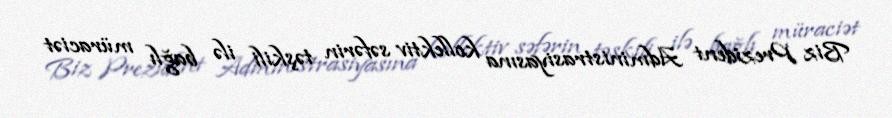
Biz Prezident Administrasiyasına kollektiv səfərin təşkili ilə bağlı müraciət